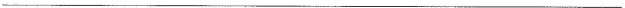
___